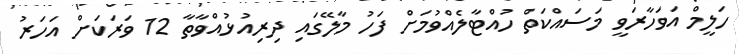
ހަލީމް އަވަހާރަވީ މަސައްކަތް ހުއްޓާލެއްވުމަށް ފަހު މާލޭގައި ދިރިއުޅުއްވާތާ 12 ވަރަކަށް އަހަރު